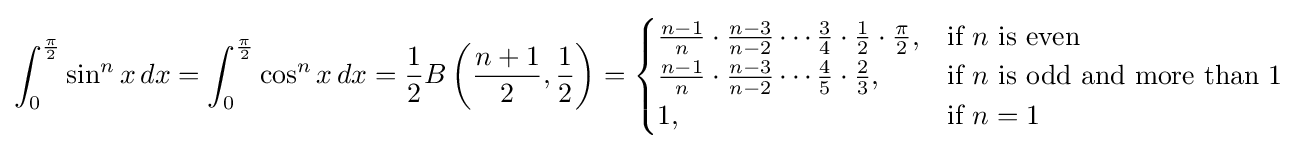
\int _{0}^{\frac {\pi }{2}}\sin ^{n}x\,dx=\int _{0}^{\frac {\pi }{2}}\cos ^{n}x\,dx={\frac {1}{2}}B\left({\frac {n+1}{2}},{\frac {1}{2}}\right)={\begin{cases}{\frac {n-1}{n}}\cdot {\frac {n-3}{n-2}}\cdots {\frac {3}{4}}\cdot {\frac {1}{2}}\cdot {\frac {\pi }{2}},&{\text{if }}n{\text{ is even}}\\{\frac {n-1}{n}}\cdot {\frac {n-3}{n-2}}\cdots {\frac {4}{5}}\cdot {\frac {2}{3}},&{\text{if }}n{\text{ is odd and more than 1}}\\1,&{\text{if }}n=1\end{cases}}